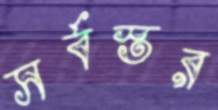
সর্বস্তর